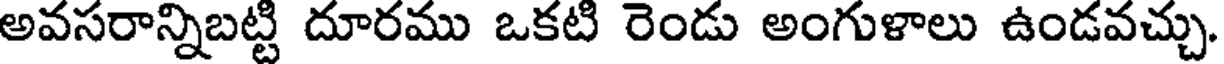
అవసరాన్నిబట్టి దూరము ఒకటి రెండు అంగుళాలు ఉండవచ్చు